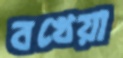
বখেয়া